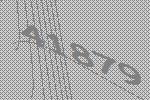
41879